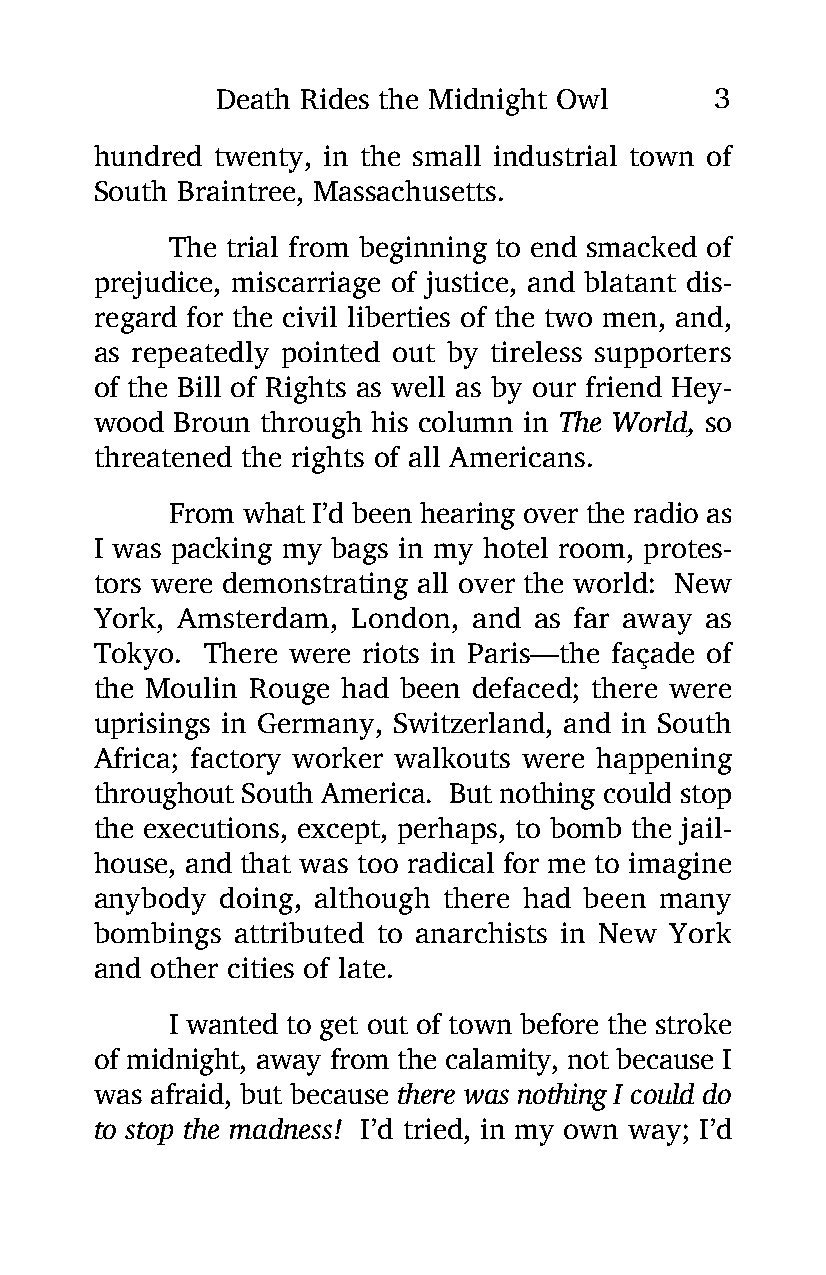
Death Rides the Midnight Owl     3
 hundred twenty, in the small industrial town of
 South Braintree, Massachusetts.
 The trial from beginning to end smacked of
 prejudice, miscarriage of justice, and blatant dis-
 regard for the civil liberties of the two men, and,
 as repeatedly pointed out by tireless supporters
 of the Bill of Rights as well as by our friend Hey-
 wood Broun through his column in The World, so
 threatened the rights of all Americans.
 From what I’d been hearing over the radio as
 I was packing my bags in my hotel room, protes-
 tors were demonstrating all over the world: New
 York, Amsterdam, London, and as far away as
 Tokyo. There were riots in Paris—the façade of
 the Moulin Rouge had been defaced; there were
 uprisings in Germany, Switzerland, and in South
 Africa; factory worker walkouts were happening
 throughout South America. But nothing could stop
 the executions, except, perhaps, to bomb the jail-
 house, and that was too radical for me to imagine
 anybody doing, although there had been many
 bombings attributed to anarchists in New York
 and other cities of late.
 I wanted to get out of town before the stroke
 of midnight, away from the calamity, not because I
 was afraid, but because there was nothing I could do
 to stop the madness! I’d tried, in my own way; I’d